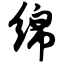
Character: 绵